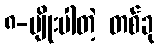
၈-မျိုးပါတဲ့ တစ်ခု